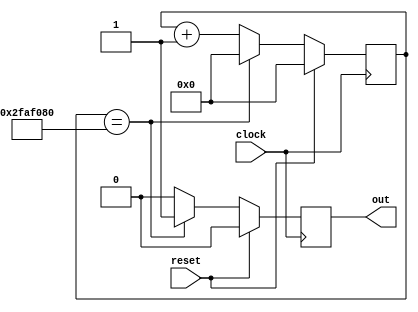
module freq_div_1hz(clock, reset, out);
    input clock, reset;
    output reg out;
 
    reg [25:0] count;
     
    always @ (posedge clock)
    begin 
       if (~reset) begin
           if(count==50000000) begin
              count <= 0;
				  out <= 1;
           end else begin
              count <= count + 1;
				  out <= 0;
           end
       end else begin
          count <=0;
          out <= 0;
       end
    end
endmodule